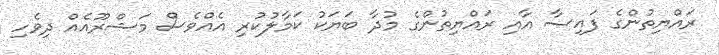
ރައްޔިތުންގެ ފައިސާ އާއި ރައްޔިތުންގެ މުދާ ބަޔަކު ކަމާލުކުރި އެއްވެސް މަޝްރޫއެއް ދިވެހި